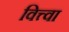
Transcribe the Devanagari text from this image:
वित्त्वा